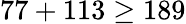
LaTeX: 77+113\geq 189